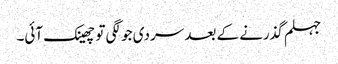
جہلم گذرنے کے بعد سردی جو لگی تو چھینک آئی۔